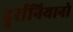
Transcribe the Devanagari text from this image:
दुर्रानियानो